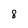
Character: 8